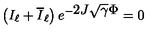
\left( I _ { \ell } + \overline { I } _ { \ell } \right) e ^ { - \displaystyle 2 J \sqrt { \gamma } \Phi } = 0